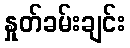
နှုတ်ခမ်းချင်း